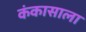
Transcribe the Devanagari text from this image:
कंकासाला